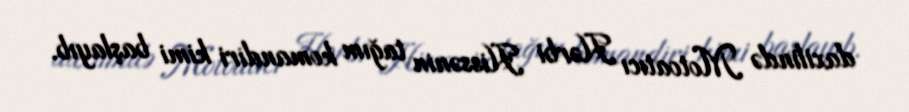
daxilində Motoatıcı Hərbi Hissənin tağım komandiri kimi başlayıb.